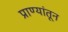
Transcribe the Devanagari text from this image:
प्राण्यांतून